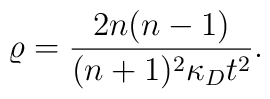
\varrho=\frac{2n(n-1)}{(n+1)^2\kappa_D t^2}.